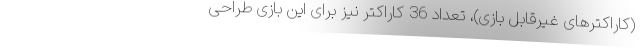
(کاراکترهای غیرقابل بازی)، تعداد 36 کاراکتر نیز برای این بازی طراحی